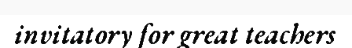
invitatory for great teachers